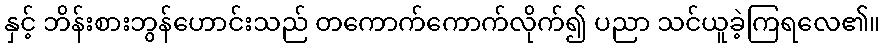
နှင့် ဘိန်းစားဘွန်ဟောင်းသည် တကောက်ကောက်လိုက်၍ ပညာ သင်ယူခဲ့ကြရလေ၏။